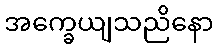
အက္ခေယျသညိနော